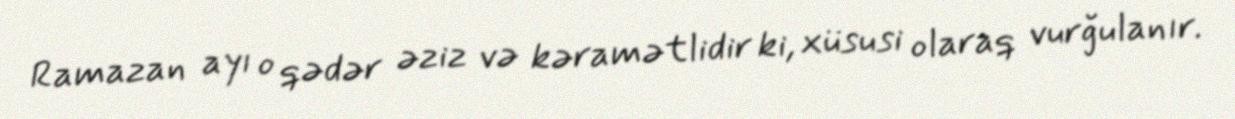
Ramazan ayı o qədər əziz və kəramətlidir ki, xüsusi olaraq vurğulanır.